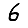
Digit: 6